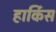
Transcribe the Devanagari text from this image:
हार्किस